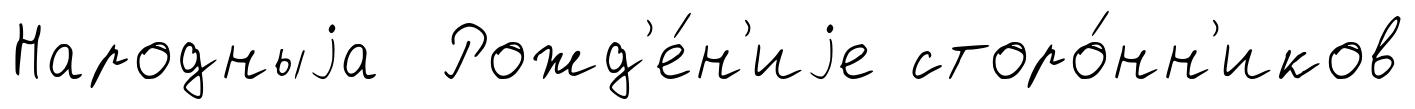
Народныjа Рожд'е́н'иjе сторо́нн'иков